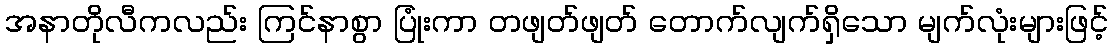
အနာတိုလီကလည်း ကြင်နာစွာ ပြုံးကာ တဖျတ်ဖျတ် တောက်လျက်ရှိသော မျက်လုံးများဖြင့်